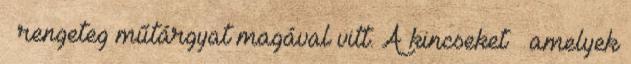
– rengeteg műtárgyat magával vitt. A kincseket – amelyek